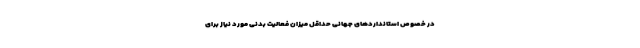
در خصوص استانداردهای جهانی حداقل میزان فعالیت بدنی مورد نیاز برای